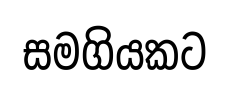
සමගියකට